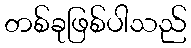
တစ်ခုဖြစ်ပါသည်